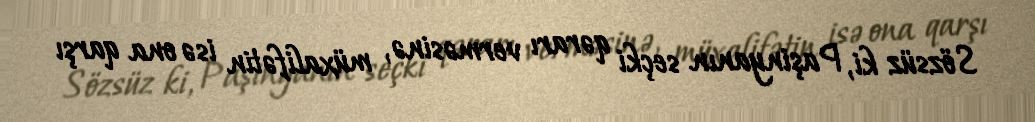
Sözsüz ki, Paşinyanın seçki qərarı verməsinə, müxalifətin isə ona qarşı